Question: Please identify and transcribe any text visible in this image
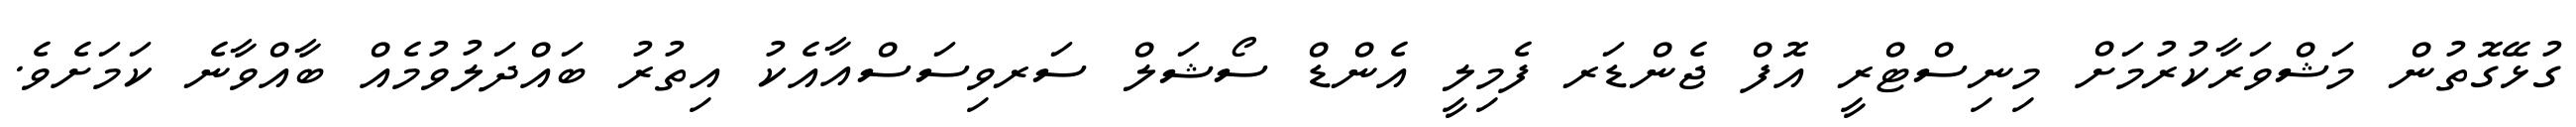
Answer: ގުޅޭގޮތުން މަޝްވަރާކުރުމަށް މިނިސްޓްރީ އޮފް ޖެންޑަރ ފެމިލީ އެންޑް ސޯޝަލް ސަރވިސަސްއާއެކު އިތުރު ބައްދަލުވުމެއް ބާއްވާނެ ކަމަށެވެ.